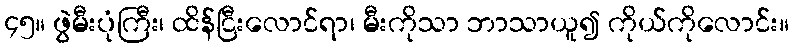
၄၅။ ဖွဲမီးပုံကြီး၊ ထိန်ငြီးလောင်ရာ၊ မီးကိုသာ ဘာသာယူ၍ ကိုယ်ကိုလောင်း။